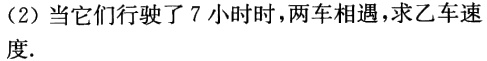
(2) 当它们行驶了7小时时，两车相遇，求乙车速.